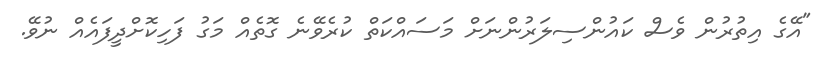
"އޭގެ އިތުރުން ވެސް ކައުންސިލަރުންނަށް މަސައްކަތް ކުރެވޭނެ ގޮތެއް މަގު ފަހިކޮށްދީފައެއް ނުވޭ.